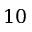
1 0